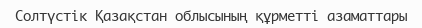
Солтүстік Қазақстан облысының құрметті азаматтары